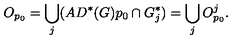
O _ { p _ { 0 } } = \bigcup _ { j } ( A D ^ { * } ( G ) p _ { 0 } \cap G _ { j } ^ { * } ) = \bigcup _ { j } O _ { p _ { 0 } } ^ { j } .